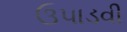
ઉપાડવી